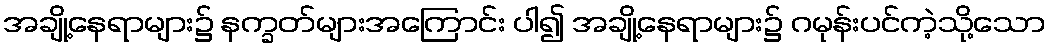
အချို့နေရာများ၌ နက္ခတ်များအကြောင်း ပါ၍ အချို့နေရာများ၌ ဂမုန်းပင်ကဲ့သို့သော